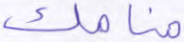
منامك